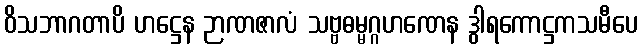
ဝိသဘာဂတာပိ ဟဋ္ဌေန ဉာဏဇာလံ သဗ္ဗဓမ္မဂ္ဂဟဏေန ဒွါရကောဋ္ဌကသမီပေ